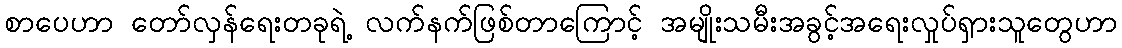
စာပေဟာ တော်လှန်ရေးတခုရဲ့ လက်နက်ဖြစ်တာကြောင့် အမျိုးသမီးအခွင့်အရေးလှုပ်ရှားသူတွေဟာ